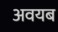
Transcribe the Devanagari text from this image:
अवयब